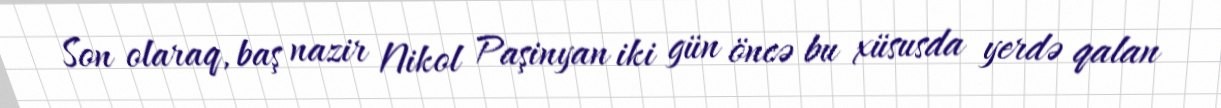
Son olaraq, baş nazir Nikol Paşinyan iki gün öncə bu xüsusda yerdə qalan